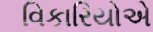
વિકારિયોએ